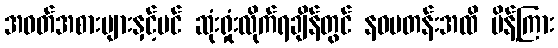
အဝတ်အစားများနှင့်ပင် ဆုံးရှုံးလိုက်ရချိန်တွင် နဝမတန်းအထိ မိန့်ကြား